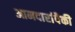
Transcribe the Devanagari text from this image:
आमदारांपैकी